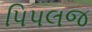
પિપલજ